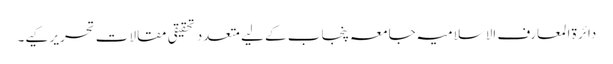
دائرۃ المعارف الاسلامیہ جامعہ پنجاب کے لیے متعدد تحقیقی مقالات تحریر کیے۔